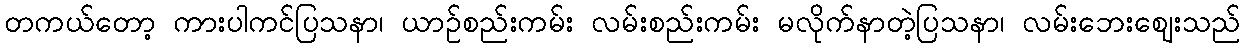
တကယ်တော့ ကားပါကင်ပြသနာ၊ ယာဉ်စည်းကမ်း လမ်းစည်းကမ်း မလိုက်နာတဲ့ပြသနာ၊ လမ်းဘေးဈေးသည်